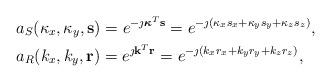
LaTeX: \begin{align*}\begin{aligned}&a_{S}(\kappa_x,\kappa_y,\bold{s})=e^{-\jmath \boldsymbol{\kappa}^{T}\bold{s}}=e^{-\jmath(\kappa_x s_x+\kappa_y s_y +\kappa_z s_z)},\\&a_{R}(k_x,k_y,\bold{r})=e^{\jmath \bold{k}^{T}\bold{r}}=e^{-\jmath(k_x r_x+k_y r_y +k_z r_z)},\end{aligned}\end{align*}